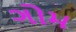
ગોમ